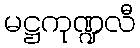
မဋ္ဌကုဏ္ဍလီ